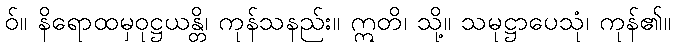
ဝ်။ နိရောထမှဝုဋ္ဌယန္တိ၊ ကုန်သနည်း။ ဣတိ၊ သို့။ သမုဋ္ဌာပေသုံ၊ ကုန်၏။